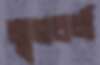
মৃগচর্ম